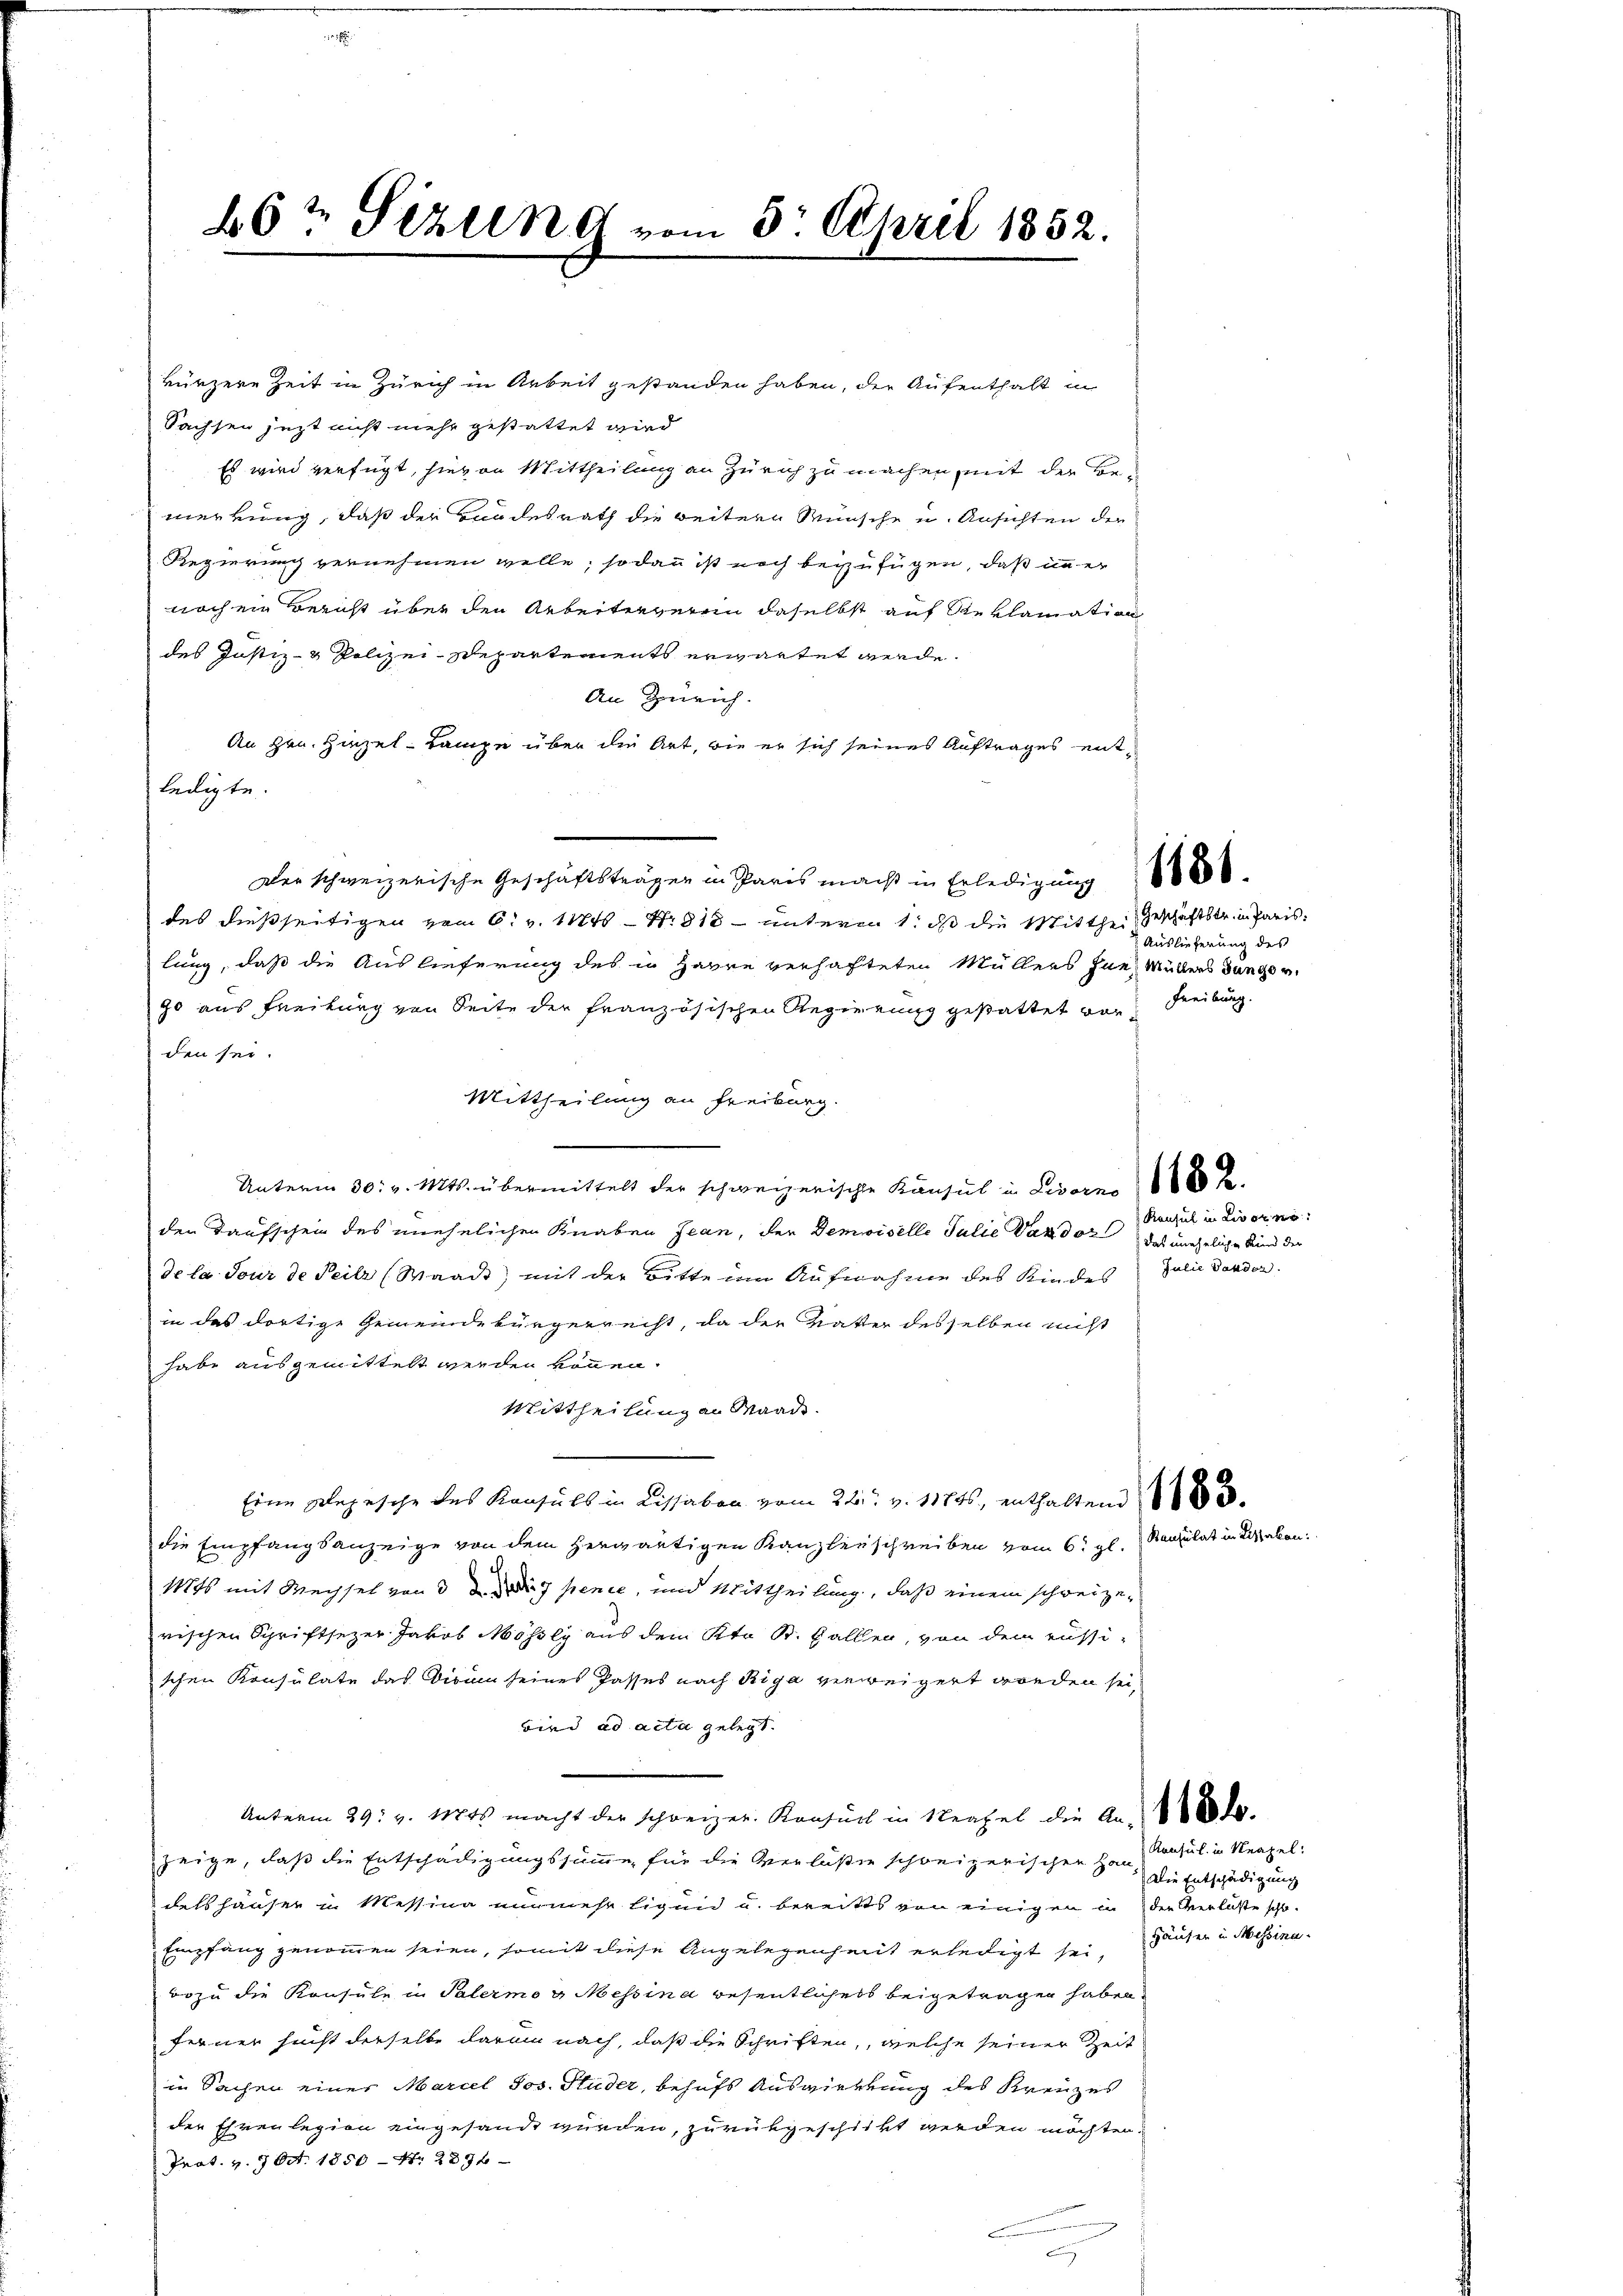
66½ Sizung vom 3. April 1852.

kürzere Zeit in Zürich in Arbeit gestanden haben, der Aufenthalt in
Sachsen jezt nicht mehr gestattet wird
Es wird verfügt, hievon Mittheilung an Zürich zu machen, mit der Bemerkung, daß der Handesrath die weitern Wünsche u. Ansichten der
Regierung vernehmen wolle; sodann ist noch beizufügen, daß in er
noch ein Bericht über den Arbeiterverein daselbst auf Reklamation
des Justiz- & Polizei-Departements erwartet werde.
An Zürich.
An Hrn. Hirzel-Lampe über die Art, wie er sich seines Auftrages entledigte.
Der schweizerische Geschäftsträger in Paris macht in Erledigung
des dießseitigen vom 6. v. Mts Nr. 810 unteren 1. ds die Mittheil geschäftstr. in Parislung, daß die Auslieferung des in Havre verhafteten Müllers zur Müllers dung v
90 aus Freiburg von Seite der französischen Regierung gestattet von Freiburg.
den sei.
Mittheilung an Freiburg.
Unterm 30. v. Mts. übermittelt der schweizerische Konsul in Livorn 20 x
den Taufschein des unehelichen Knaben Jean, der Demoiselle Julie Vandor
de la jour de Teilz (Waadt, mit der Bitte um Aufnahme des Kindes Julie Bander
in das dortige Gemeindebürgerrecht, da der Vater desselben nicht
habe ausgemittelt werden können.
Mittheilung an Waade.
Eine Depesche des Konsuls in Lissaben vom 24. v. 1174s, enthaltend 1783.
die Empfangsanzeige von dem herwärtigen Kanzlerschreiben vom 6. gl. Regulat in di
Mts mit Wechsel von 3 der pence, und Mittheilung, daß einem schweizerischen Schriftsezer Jakob Mössly aus dem Kt. St. Gallen von dem russi-
schen Konsulate das Visum seines Passes nach Riga verweigert worden sei,
wird ad acta gelegt.
Unterm 29. v. Mts. macht der schreizer. Konsuch in Neapel die An-de-
zeige, daß die Entschädigungssumme für die Verlaßen schweizerischen Hau-Consul in Neapel-
delshäuser in Messina nunmehr ligen u. bereitts von einigen in der Verlaße scho-
Empfang genommen seien, somit diese Angelegenheit erledigt sei Häuser in Messinn-
wozu die Konsule in Palermo u Messina wesentlichers beigetragen haben,
ferner sucht derselbe daran nach, daß die Schriften, welche seiner Zeit
in Sachen einer Marcel Jos. Studer, behufs Auswirkung des Kreuzes
der Ehrenlegion eingesandt würden, zurükgeschickt werden möchten.
Prat. v. 17 Oct. 1850 - 4. 227 f
B

Auslieferung des

Konsul in Livorne
Das uneheliche Kennd der

Die Entschädigung